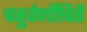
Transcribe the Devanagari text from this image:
चतुर्वर्णोचितें